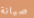
صيانة